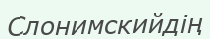
Слонимскийдің